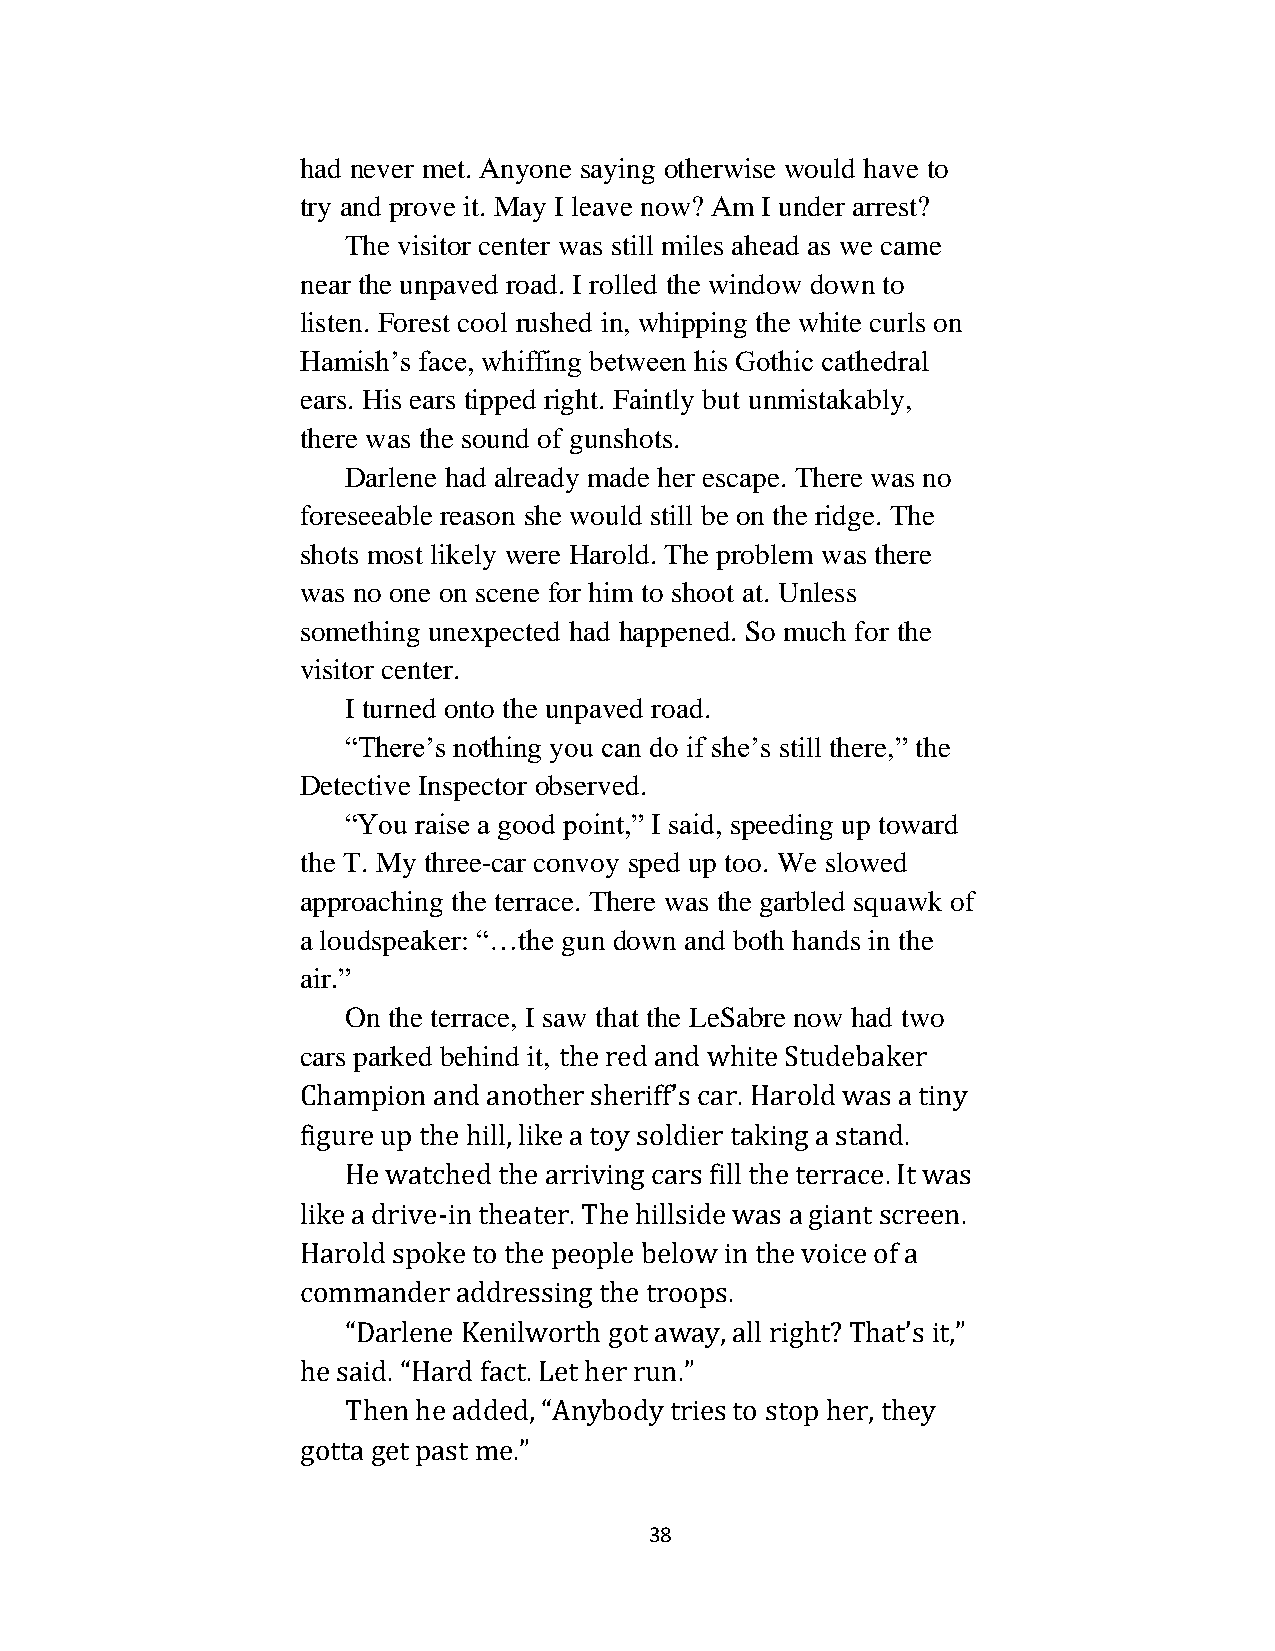
had never met. Anyone saying otherwise would have to
 try and prove it. May I leave now? Am I under arrest?
 The visitor center was still miles ahead as we came
 near the unpaved road. I rolled the window down to
 listen. Forest cool rushed in, whipping the white curls on
 Hamish’s face, whiffing between his Gothic cathedral
 ears. His ears tipped right. Faintly but unmistakably,
 there was the sound of gunshots.
 Darlene had already made her escape. There was no
 foreseeable reason she would still be on the ridge. The
 shots most likely were Harold. The problem was there
 was no one on scene for him to shoot at. Unless
 something unexpected had happened. So much for the
 visitor center.
 I turned onto the unpaved road.
 “There’s nothing you can do if she’s still there,” the
 Detective Inspector observed.
 “You raise a good point,” I said, speeding up toward
 the T. My three-car convoy sped up too. We slowed
 approaching the terrace. There was the garbled squawk of
 a loudspeaker: “…the gun down and both hands in the
 air.”
 On the terrace, I saw that the LeSabre now had two
 cars parked behind it, the red and white Studebaker
 Champion and another sheriff’s car. Harold was a tiny
 figure up the hill, like a toy soldier taking a stand.
 He watched the arriving cars fill the terrace. It was
 like a drive-in theater. The hillside was a giant screen.
 Harold spoke to the people below in the voice of a
 commander addressing the troops.
 “Darlene Kenilworth got away, all right? That’s it,”
 he said. “Hard fact. Let her run.”
 Then he added, “Anybody tries to stop her, they
 gotta get past me.”
 38